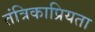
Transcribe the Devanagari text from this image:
तंत्रिकाप्रियता